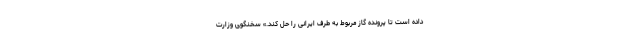
داده است تا پرونده گاز مربوط به طرف ایرانی را حل کند.» سخنگوی وزارت